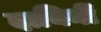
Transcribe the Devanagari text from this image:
दायिनीं